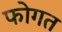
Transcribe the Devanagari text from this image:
फोगत